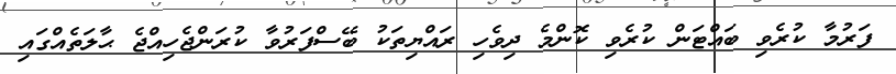
ފަރުމާ ކުރެވި ބައްޓަން ކުރެވި ކޮންމެ ދިވެހި ރައްޔިތަކު ބޭސްފަރުވާ ކުރަންޖެހިއްޖެ ޙާލަތެއްގައި